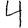
Digit: 4